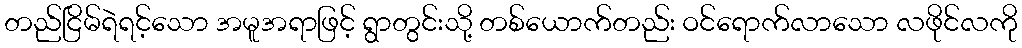
တည်ငြိမ်ရဲရင့်သော အမူအရာဖြင့် ရွာတွင်းသို့ တစ်ယောက်တည်း ဝင်ရောက်လာသော လဖိုင်လကို